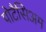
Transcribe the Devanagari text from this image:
पोटैसिअम